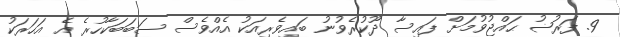
9. ފަރުޟު ޙައްޖުވުމަށް ފައިސާ ދޫކުރެވުނު ބައިވެރިއަކު އެއްވެސް ސަބަބަކާހުރެ އެ އަހަރަކު